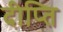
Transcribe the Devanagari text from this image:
दीप्‍ति